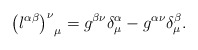
\begin{align*}{\left( l^{\alpha \beta} \right)^{\nu}}_{\mu} = g^{\beta \nu}\delta_{\mu}^{\alpha} - g^{\alpha\nu}\delta_{\mu}^{\beta}. \end{align*}